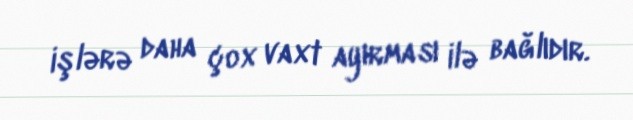
işlərə daha çox vaxt ayırması ilə bağlıdır.